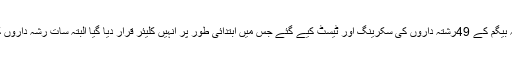
ڈپٹی ڈسٹرکٹ آفیسر ہیلتھ ڈاکٹر کامران کی نگرانی میں رضیہ بیگم کے 49رشتہ داروں کی سکرینگ اور ٹیسٹ کیے گئے جس میں ابتدائی طور پر انہیں کلیئر قرار دیا گیا البتہ سات رشہ داروں کے نمونے مزید ٹیسٹ کیلئے لیبارٹری بھیجوا دیے گئے ہیں۔